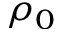
\rho _ { 0 }